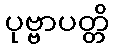
ပုဗ္ဗာပတ္တိ